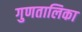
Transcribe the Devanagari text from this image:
गुणतालिका